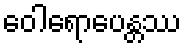
ဝေါရောပေန္တဿ